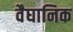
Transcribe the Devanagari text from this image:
वैघानिक